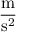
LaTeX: \frac { \operatorname { m } } { \operatorname { s } ^ { 2 } }